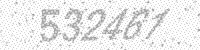
Solution: 532461